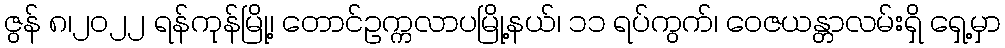
ဇွန် ၈၊၂၀၂၂ ရန်ကုန်မြို့၊ တောင်ဥက္ကလာပမြို့နယ်၊ ၁၁ ရပ်ကွက်၊ ဝေဇယန္တာလမ်းရှိ ရှေ့မှာ